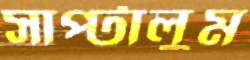
সাপ্‌টালুম